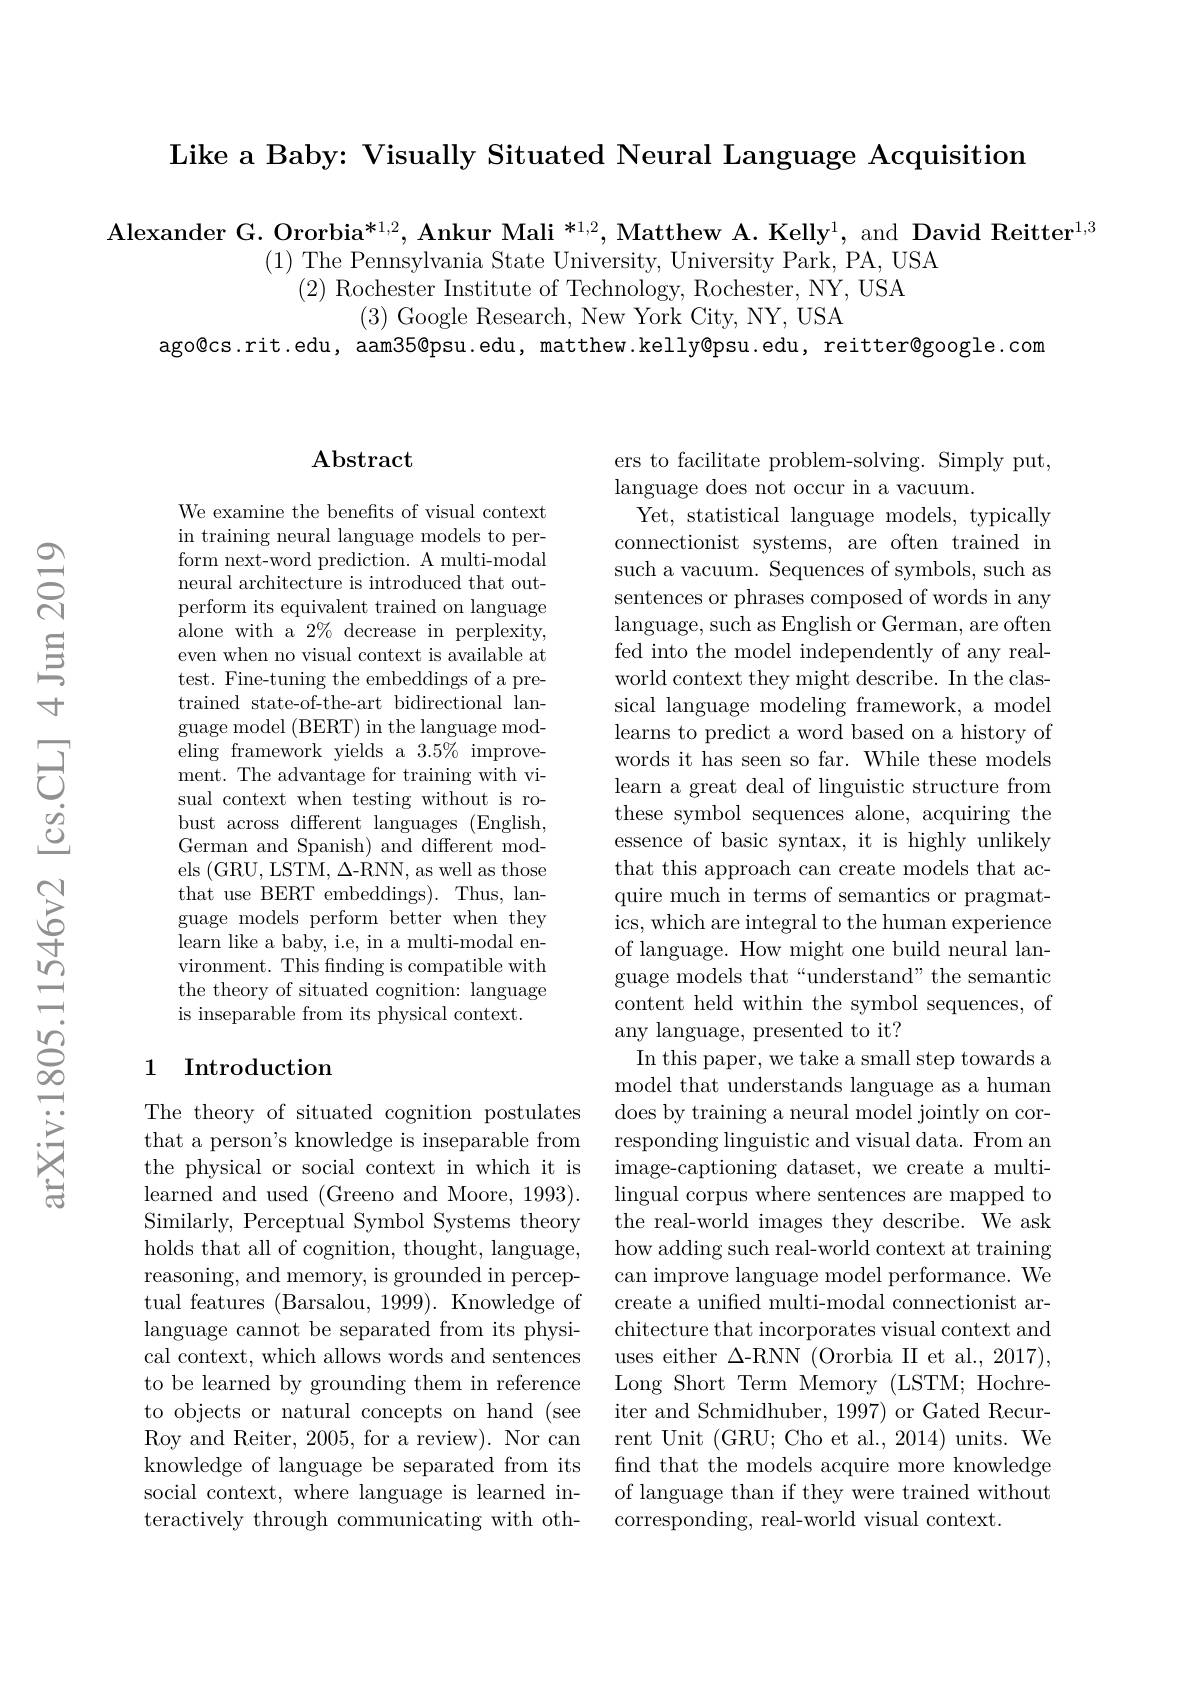
Like a Baby: Visually Situated Neural Language Acquisition

Alexander G. Ororbia*$^{1,2}$, Ankur Mali *$^{1,2}$, Matthew A. Kelly$^1$, and David Reitter$^1,3$
(1) The Pennsylvania State University, University Park, PA, USA
$(2){\mathrm{~Rochester~Institute~of~Technology,~Rochester,~NY,~USA}}$
(3) Google Research, New York City, NY, USA
ago@cs.rit.edu, aam35@psu.edu, matthew.kelly@psu.edu, reitter@google.com

### $\mathbf{Abstract}$

We examine the benefts of visual context in training neural language models to perform next-word prediction. A multi-modal neural architecture is introduced that outperform its equivalent trained on language alone with a $2\%$ decrease in perplexity, even when no visual context is available at test. Fine-tuning the embeddings of a pretrained state-of-the-art bidirectional language model (BERT) in the language modeling framework yields a 3.5% improvement. The advantage for training with visual context when testing without is robust across different languages (English, German and Spanish) and different models (GRU, LSTM, $\Delta$-RNN, as well as those that use BERT embeddings). Thus, language models perform better when they learn like a baby, i.e, in a multi-modal environment. This finding is compatible with the theory of situated cognition: language is inseparable from its physical context.

## 1 Introduction

The theory of situated cognition postulates that a person's knowledge is inseparable from the physical or social context in which it is learned and used (Greeno and Moore, 1993). Similarly, Perceptual Symbol Systems theory holds that all of cognition, thought, language, reasoning, and memory, is grounded in perceptual features (Barsalou, 1999). Knowledge of language cannot be separated from its physical context, which allows words and sentences to be learned by grounding them in reference to objects or natural concepts on hand (see Roy and Reiter, 2005, for a review). Nor can knowledge of language be separated from its social context, where language is learned interactively through communicating with oth-

ers to facilitate problem-solving. Simply put,
language does not occur in a vacuum.
Yet, statistical language models, typically connectionist systems, are often trained in such a vacuum. Sequences of symbols, such as sentences or phrases composed of words in any language, such as English or German, are often fed into the model independently of any realworld context they might describe. In the classical language modeling framework, a model learns to predict a word based on a history of words it has seen so far. While these models learn a great deal of linguistic structure from these symbol sequences alone, acquiring the essence of basic syntax, it is highly unlikely that this approach can create models that acquire much in terms of semantics or pragmatics, which are integral to the human experience of language. How might one build neural language models that“understand”the semantic content held within the symbol sequences, of any language, presented to it?
In this paper, we take a small step towards a model that understands language as a human does by training a neural model jointly on corresponding linguistic and visual data. From an image-captioning dataset, we create a multilingual corpus where sentences are mapped to the real-world images they describe. We ask how adding such real-world context at training can improve language model performance. We create a unified multi-modal connectionist architecture that incorporates visual context and uses either $\Delta$-RNN (Ororbia II et al., 2017), Long Short Term Memory (LSTM; Hochreiter and Schmidhuber, 1997) or Gated Recurrent Unit (GRU; Cho et al., 2014)units. We find that the models acquire more knowledge of language than if they were trained without corresponding, real-world visual context.